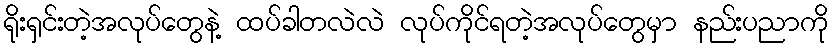
ရိုးရှင်းတဲ့အလုပ်တွေနဲ့ ထပ်ခါတလဲလဲ လုပ်ကိုင်ရတဲ့အလုပ်တွေမှာ နည်းပညာကို